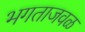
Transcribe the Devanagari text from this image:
भगताजवळ